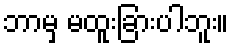
ဘာမှ မထူးခြားပါဘူး။